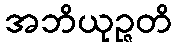
အဘိယုဉ္ဇတိ